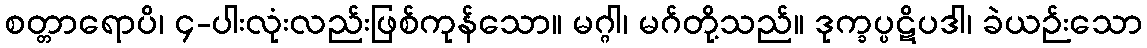
စတ္တာရောပိ၊ ၄-ပါးလုံးလည်းဖြစ်ကုန်သော။ မဂ္ဂါ၊ မဂ်တို့သည်။ ဒုက္ခပ္ပဋိပဒါ၊ ခဲယဉ်းသော